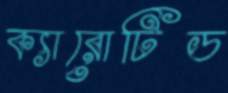
ক্যারোটিড